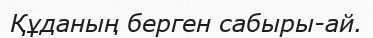
Құданың берген сабыры-ай.